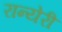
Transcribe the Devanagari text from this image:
रान्येरी